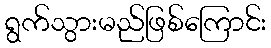
ရွက်သွားမည်ဖြစ်ကြောင်း